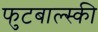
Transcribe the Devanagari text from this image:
फुटबाल्स्की